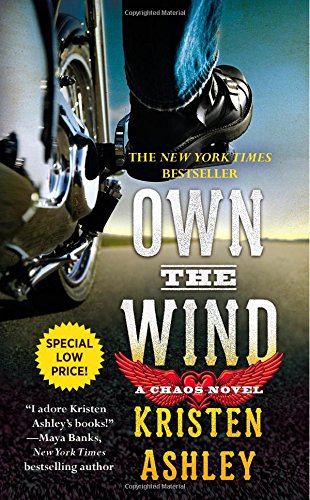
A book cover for Own the Wind: A Chaos Novel; Kristen Ashley; Romance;